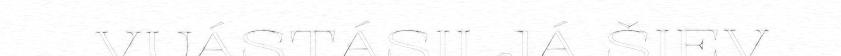
VUÁSTÁSII JÁ ŠIEV